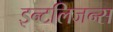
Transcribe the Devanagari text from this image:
इन्टलिजन्स